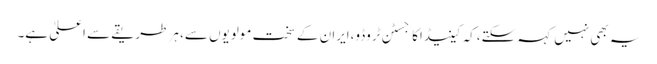
یہ بھی نہیں کہہ سکتے،کہ کینیڈاکاجسٹن ٹروڈو،ایران کے سخت مولویوں سے، ہر طریقے سے اعلیٰ ہے۔